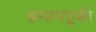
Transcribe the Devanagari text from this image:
ब्रम्हमंडूकी